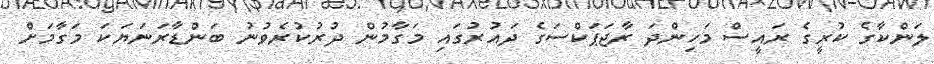
ލަންކާގެ ކުރީގެ ރައީސް މަހިންދަ ރާޖަޕަކްސަގެ ދައުރުގައި މަގާމުން ދުރުކުރެވުނު ބަންޑާރަނަޔަކަ މަގާމަށް